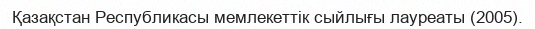
Қазақстан Республикасы мемлекеттік сыйлығы лауреаты (2005).